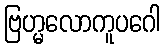
ဗြဟ္မလောကူပဂေါ